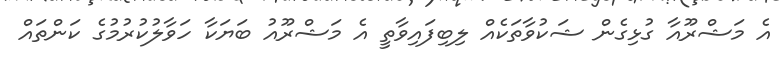
އެ މަޝްރޫއާ ގުޅިގެން ޝަކުވާތަކެއް ލިބިފައިވާތީ އެ މަޝްރޫއު ބަޔަކާ ހަވާލުކުރުމުގެ ކަންތައް